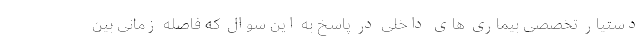
دستیار تخصصی بیماری های داخلی در پاسخ به این سوال که فاصله زمانی بین